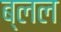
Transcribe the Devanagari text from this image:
ब्लल